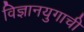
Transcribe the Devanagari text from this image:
विज्ञानयुगाची